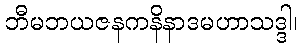
ဘီမဘယဇနကနိနာဒမဟာသဒ္ဒါ၊